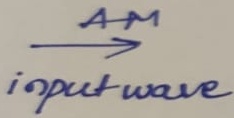
Text: AM input wave